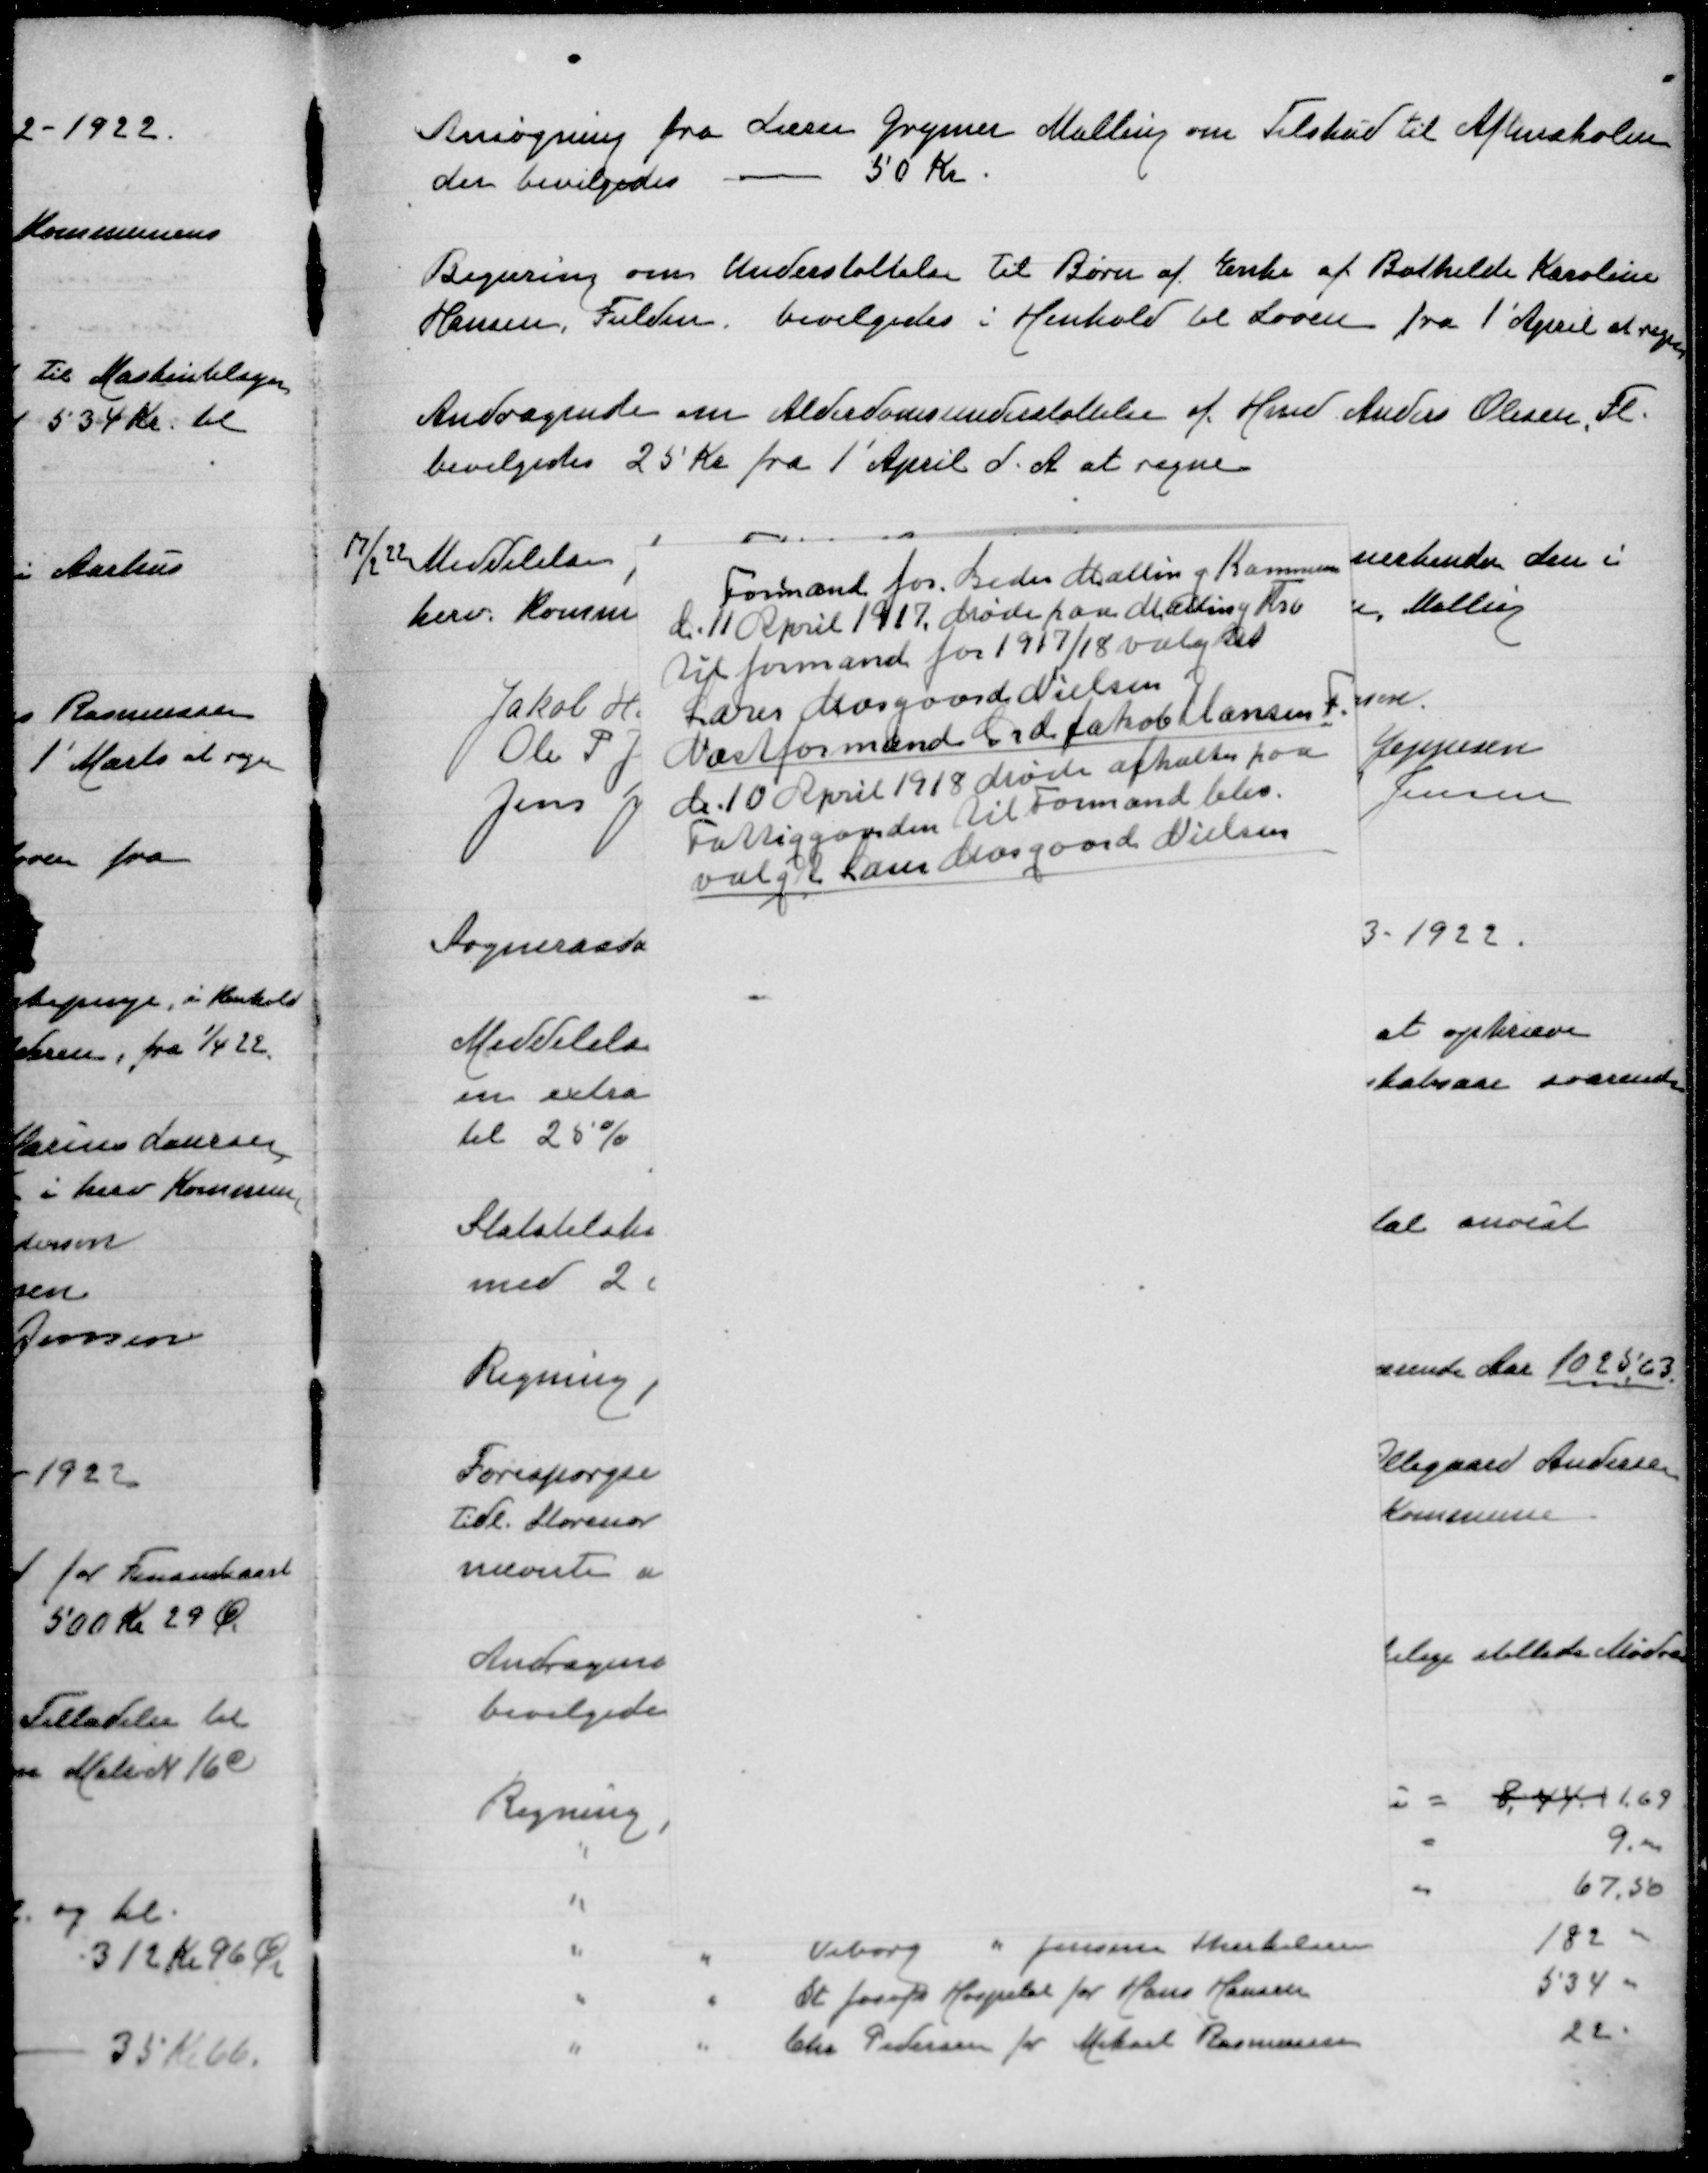
Transskription:
Formand for Beder Malling Kommune
d 11 April 1917. Møde paa Malling Ktro
til formand for 1917/18 valgtes
Lærer Mosgaard Nielsen
Næstformand Gdr Jakob Hansen F
d 10 April 1918 Møde afholdtes paa
Fattiggaarden til Formand blev
valgt Lærer Mosgaard Nielsen